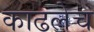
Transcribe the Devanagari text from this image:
काढलेच